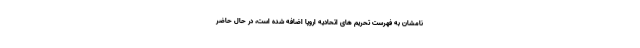
نامشان به فهرست تحریم های اتحادیه اروپا اضافه شده است، در حال حاضر